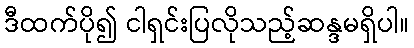
ဒီထက်ပို၍ ငါရှင်းပြလိုသည့်ဆန္ဒမရှိပါ။